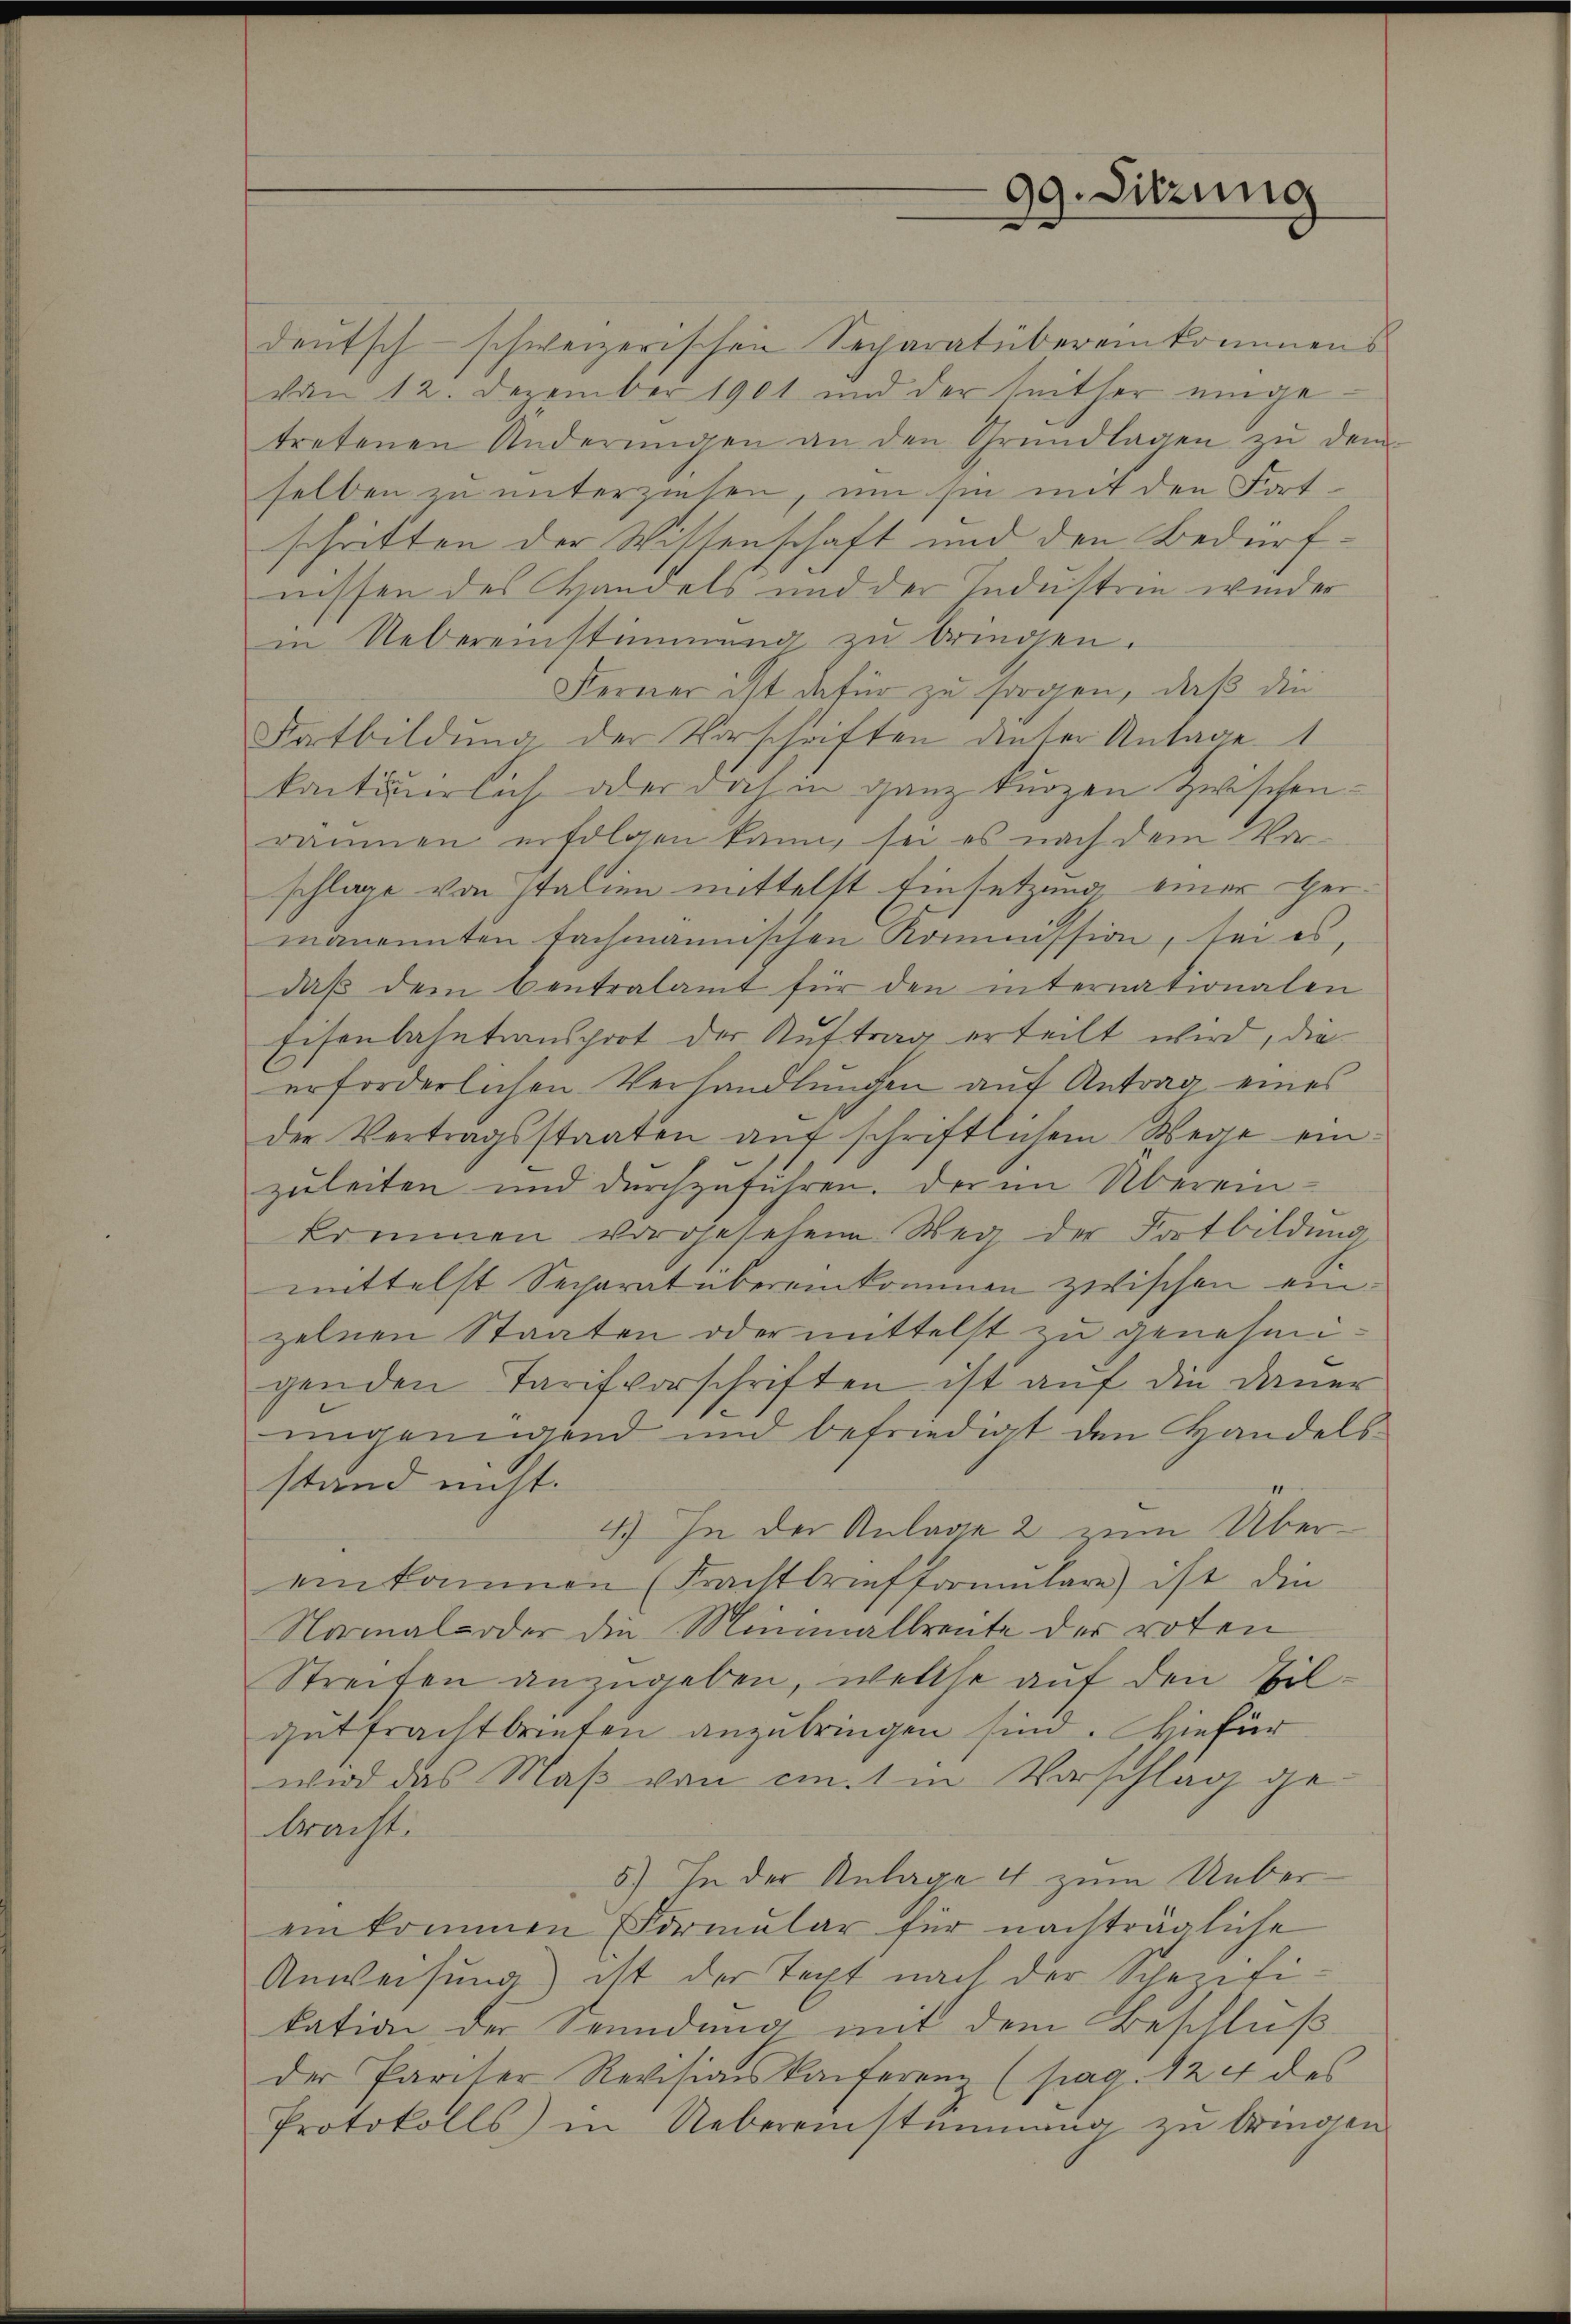
99. Sitzung

deŭtsch-schweizerischen Separatübereinkommens
von 12. Dezember 1901 und der seither eingetretenen Anderŭngen an den Grundlagen zŭ dem
selben zu unterziehen, um sie mit den Fortschritten der Wissenschaft und den Bedürfnissen des Handels und der Industrie wieder
in Uebereinstimmung zu bringen.
Ferner ist dafür zu sorgen, daß die
Satbildung der Vorschriften dinter Antage 1
kantierlich oder doch in ganz kurzen Zwischendämmen erfolgen kann, sei es nach dem Vor-
schlage von Italien mittelst Einsetzung einer Hermanannten fachmannischen Kommission, sei es,
daβ dem Centralamt für den internationalen
Eisenbahntinsprot der Auftrag erteilt wird, dieerforderlichen Verhandlungen auf Antrag eines
die Vertragsstaaten auf schriftlichem Wege einzuleiten und durchzuführen. Der im Übereinkommen vorgesehene Weg der Fortbildung
mittelst Secharat übereinkommen zwischen einzelnen Staaten oder mittelst zu genehmigenden Tarifvorschriften ist auf die Dauer
ungenügend und befriedigt den Handels
stand nicht.
I
4.) In der Anlage 2 zum Übereinkommen (Frachtbriefformŭlare) ist die
Namals oder die Minimallreute der roten
Streifen anzugeben, welche auf den Bilgutfrachtbriefen anzubringen sind. Hiefür
wird das Maß von cm. 1 in Vorschlag gebracht.
5) In der Anlage 4 zum Uebereinkommen Formular für nachträgliche
Anweisung) ist der Text nach der Schezifikation der Sendung mit dem Beschluß
der Pariser Revisionskonferen (pag. 124 des
Protokolls in Uebereinstimmung zŭ bringen.